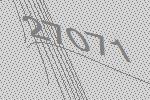
27071